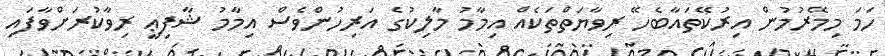
ހަމަ މިމޭރުމުން އިރުކޭތައާބެހޭ ރިވާޔަތްތަކެއް އިމާމު މާލިކުގެ އަރިހުންވެސް އިމާމު ޝާފިޢީ ރިވާކުރަށްވާފައި